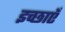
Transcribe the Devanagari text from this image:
इच्‍छाएँ